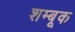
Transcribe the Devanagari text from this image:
शम्बूक